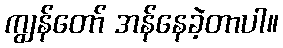
ကျွန်တော် အန်နေခဲ့တာပါ။